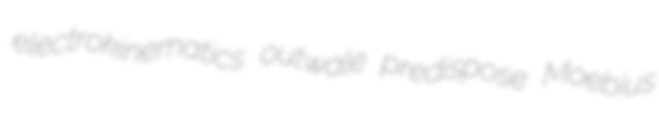
electrokinematics outwale predispose Moebius